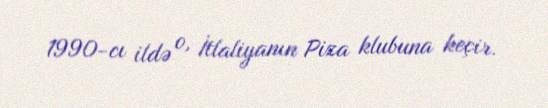
1990-cı ildə o, İtlaliyanın Piza klubuna keçir.